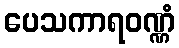
ပေသကာရဝဏ္ဏံ